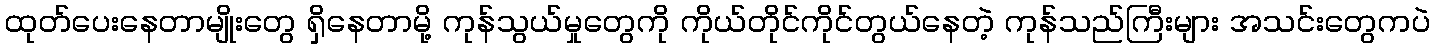
ထုတ်ပေးနေတာမျိုးတွေ ရှိနေတာမို့ ကုန်သွယ်မှုတွေကို ကိုယ်တိုင်ကိုင်တွယ်နေတဲ့ ကုန်သည်ကြီးများ အသင်းတွေကပဲ